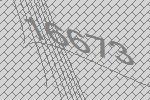
16673